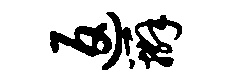
返辫